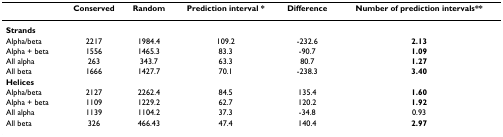
|  | Conserved | Random | Prediction interval * | Difference | Number of prediction intervals** |
 | --- | --- | --- | --- | --- | --- |
 | Strands |  |  |  |  |  |
 | Alpha/beta | 2217 | 1984.4 | 109.2 | -232.6 | 2.13 |
 | Alpha + beta | 1556 | 1465.3 | 83.3 | -90.7 | 1.09 |
 | All alpha | 263 | 343.7 | 63.3 | 80.7 | 1.27 |
 | All beta | 1666 | 1427.7 | 70.1 | -238.3 | 3.40 |
 | Helices |  |  |  |  |  |
 | Alpha/beta | 2127 | 2262.4 | 84.5 | 135.4 | 1.60 |
 | Alpha + beta | 1109 | 1229.2 | 62.7 | 120.2 | 1.92 |
 | All alpha | 1139 | 1104.2 | 37.3 | -34.8 | 0.93 |
 | All beta | 326 | 466.43 | 47.4 | 140.4 | 2.97 |